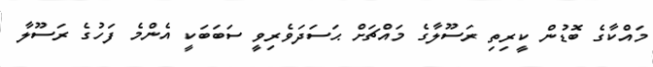
މައްކާގެ ބޮޑުން ކީރިތި ރަސޫލާގެ މައްޗަށް ޙަސަދަވެރިވީ ސަބަބަކީ އެންމެ ފަހުގެ ރަސޫލާ